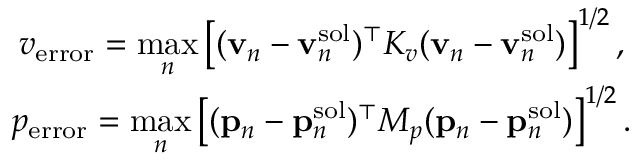
\begin{array} { c } { \displaystyle v _ { \mathrm { e r r o r } } = \operatorname* { m a x } _ { n } \left[ ( \mathbf { v } _ { n } - \mathbf { v } _ { n } ^ { \mathrm { s o l } } ) ^ { \top } K _ { v } ( \mathbf { v } _ { n } - \mathbf { v } _ { n } ^ { \mathrm { s o l } } ) \right] ^ { 1 / 2 } , } \\ { \displaystyle p _ { \mathrm { e r r o r } } = \operatorname* { m a x } _ { n } \left[ ( \mathbf { p } _ { n } - \mathbf { p } _ { n } ^ { \mathrm { s o l } } ) ^ { \top } M _ { p } ( \mathbf { p } _ { n } - \mathbf { p } _ { n } ^ { \mathrm { s o l } } ) \right] ^ { 1 / 2 } . } \end{array}